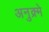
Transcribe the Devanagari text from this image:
अनुक्र्मे